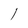
Character: l